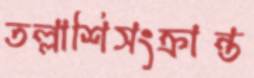
তল্লাশিসংক্রান্ত